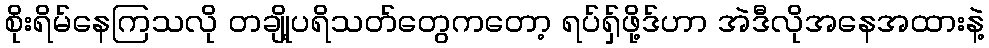
စိုးရိမ်နေကြသလို တချို့ပရိသတ်တွေကတော့ ရပ်ရှ်ဖို့ဒ်ဟာ အဲဒီလိုအနေအထားနဲ့